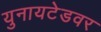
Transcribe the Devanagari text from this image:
युनायटेडवर